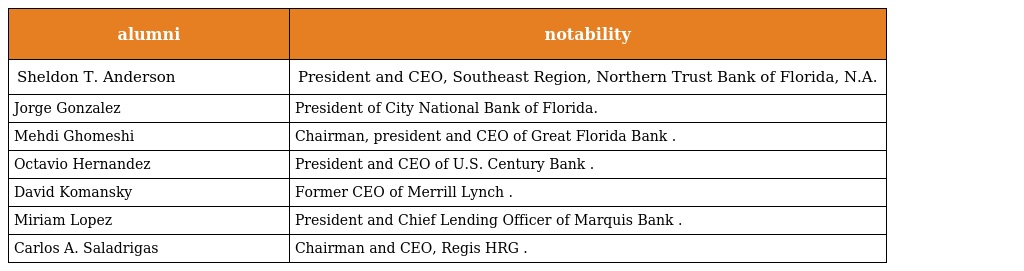
| alumni | notability |
 | --- | --- |
 | Sheldon T. Anderson | President and CEO, Southeast Region, Northern Trust Bank of Florida, N.A. |
 | Jorge Gonzalez | President of City National Bank of Florida. |
 | Mehdi Ghomeshi | Chairman, president and CEO of Great Florida Bank . |
 | Octavio Hernandez | President and CEO of U.S. Century Bank . |
 | David Komansky | Former CEO of Merrill Lynch . |
 | Miriam Lopez | President and Chief Lending Officer of Marquis Bank . |
 | Carlos A. Saladrigas | Chairman and CEO, Regis HRG . |